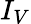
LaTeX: I_{V}